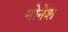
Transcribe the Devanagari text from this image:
मोनेश